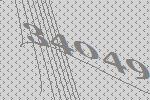
34049